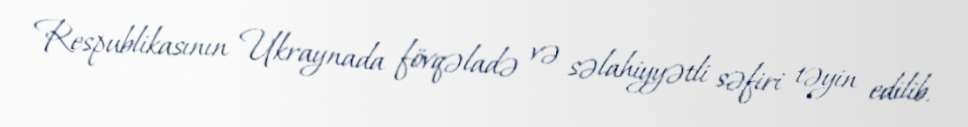
Respublikasının Ukraynada fövqəladə və səlahiyyətli səfiri təyin edilib.